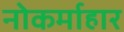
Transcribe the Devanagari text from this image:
नोकर्माहार